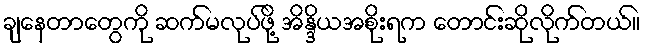
ချနေတာတွေကို ဆက်မလုပ်ဖို့ အိန္ဒိယအစိုးရက တောင်းဆိုလိုက်တယ်။